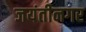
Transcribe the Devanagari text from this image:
जयंतीनगर